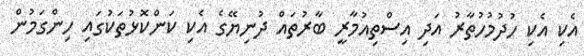
އެކި އެކި ހުދުމުހުތާރު އަދި އިސްތިއުމާރީ ބާރުތައް ދުނިޔޭގެ އެކި ކަންކޮޅުތަކުގައި ހިންގަމުން